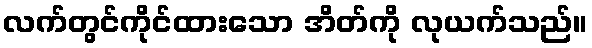
လက်တွင်ကိုင်ထားသော အိတ်ကို လုယက်သည်။